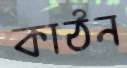
কাঠন